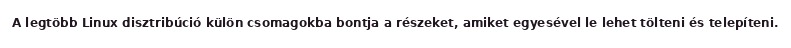
A legtöbb Linux disztribúció külön csomagokba bontja a részeket, amiket egyesével le lehet tölteni és telepíteni.